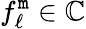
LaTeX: f_{\ell}^{\mathtt{m}}\in\mathbb{{C}}